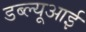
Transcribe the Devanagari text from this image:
डब्ल्यूआई